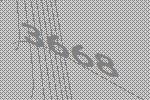
3668